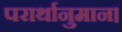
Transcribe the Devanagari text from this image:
परार्थानुमान।